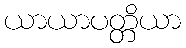
ယာယာပတ္တိယာ